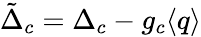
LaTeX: \tilde{\Delta}_{c}=\Delta_{c}-g_{c}\langle q\rangle